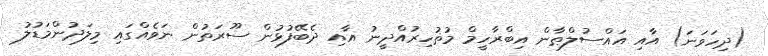
(ދިހަވަނަ) އާއި އައްސުލްޠާން އިބްރާހީމް މުޡުހިރުއްދީނު އާއި ދެބޭފުޅުން ސޫރަތުން ނަވެއްގައި މިލަދުންމަޑުލު